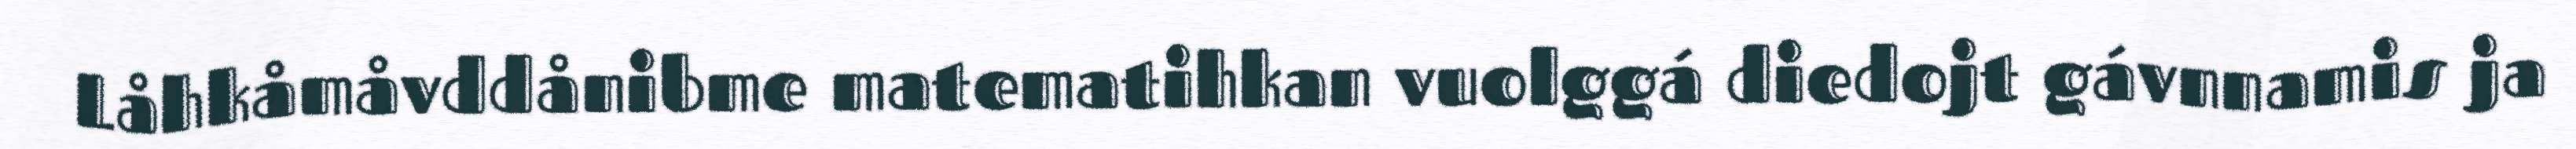
Låhkåmåvddånibme matematihkan vuolggá diedojt gávnnamis ja